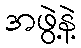
အဖွဲ့နဲ့